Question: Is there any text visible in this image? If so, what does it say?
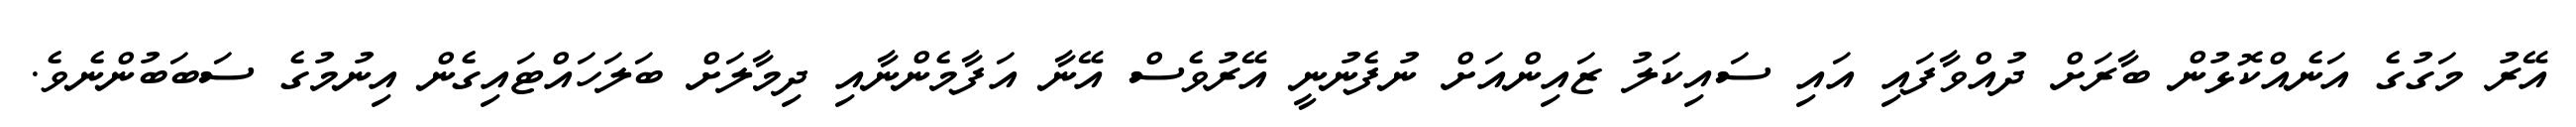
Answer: އޭރު މަގުގެ އަނެއްކޮޅުން ބާރަށް ދުއްވާފައި އައި ސައިކަލު ޒައިންއަށް ނުފެނުނީ އޭރުވެސް އޭނާ އަފާމެންނާއި ދިމާލަށް ބަލަހައްޓައިގެން އިނުމުގެ ސަބަބުންނެވެ.